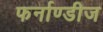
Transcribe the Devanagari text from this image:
फर्नाण्डीज